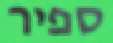
ספיר